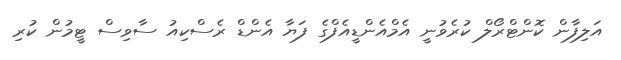
އަލިފާން ކޮންޓްރޯލް ކުރެވުނީ އެމްއެންޑީއެފްގެ ފަޔާ އެންޑް ރެސްކިއު ސާވިސް ޓީމުން ކުރި